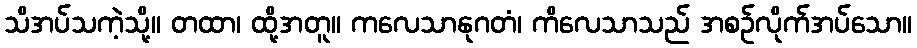
သိအပ်သကဲ့သို့။ တထာ၊ ထို့အတူ။ ကလေသာနုဂတံ၊ ကိလေသာသည် အစဉ်လိုက်အပ်သော။